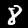
Label: 8